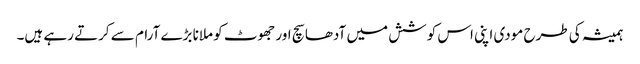
ہمیشہ کی طرح مودی اپنی اس کوشش میں آدھا سچ اور جھوٹ کو ملانا بڑے آرام سے کرتے رہے ہیں۔